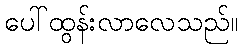
ပေါ်ထွန်းလာလေသည်။